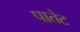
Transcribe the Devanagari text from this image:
पातेट